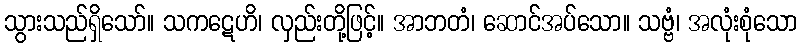
သွားသည်ရှိသော်။ သကဋေဟိ၊ လှည်းတို့ဖြင့်။ အာဘတံ၊ ဆောင်အပ်သော။ သဗ္ဗံ၊ အလုံးစုံသော